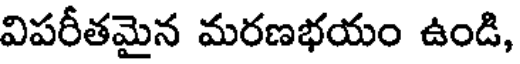
విపరీతమైన మరణభయం ఉండి,